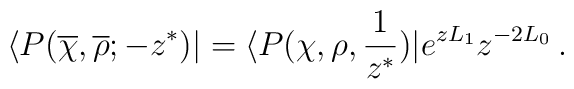
\langle P(\overline\chi,\overline\rho;-z^\ast)|=\langle P(\chi,\rho,{1\over z^\ast})|e^{zL_1}z^{-2L_0}\,.